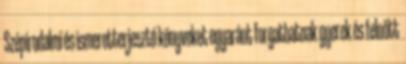
Szépirodalmi és ismeretterjesztő könyveket egyaránt forgathatnak gyerek és felnőtt